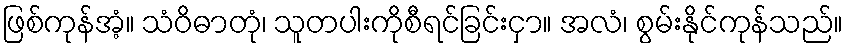
ဖြစ်ကုန်အံ့။ သံဝိဓာတုံ၊ သူတပါးကိုစီရင်ခြင်းငှာ။ အလံ၊ စွမ်းနိုင်ကုန်သည်။